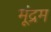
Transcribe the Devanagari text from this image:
मूंद्रम